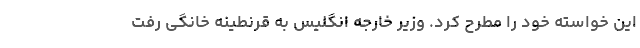
این خواسته خود را مطرح کرد. وزیر خارجه انگلیس به قرنطینه خانگی رفت